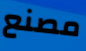
مصنع